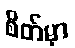
စိတ်မှာ